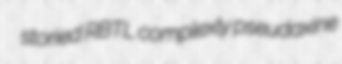
storied RBTL complexly pseudaxine